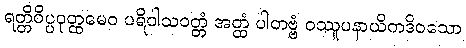
ရတ္တိဝိပ္ပဝုတ္ထမေဝ ပရိဝါသဝတ္တံ အတ္ထံ ပါတဗ္ဗံ ဝဿူပနာယိကဒိဝသော